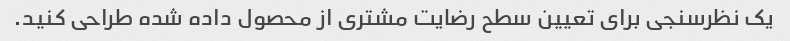
یک نظرسنجی برای تعیین سطح رضایت مشتری از محصول داده شده طراحی کنید.